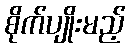
စိုက်ပျိုးမည့်